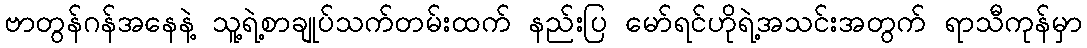
ဗာတွန်ဂန်အနေနဲ့ သူ့ရဲ့စာချုပ်သက်တမ်းထက် နည်းပြ မော်ရင်ဟိုရဲ့အသင်းအတွက် ရာသီကုန်မှာ